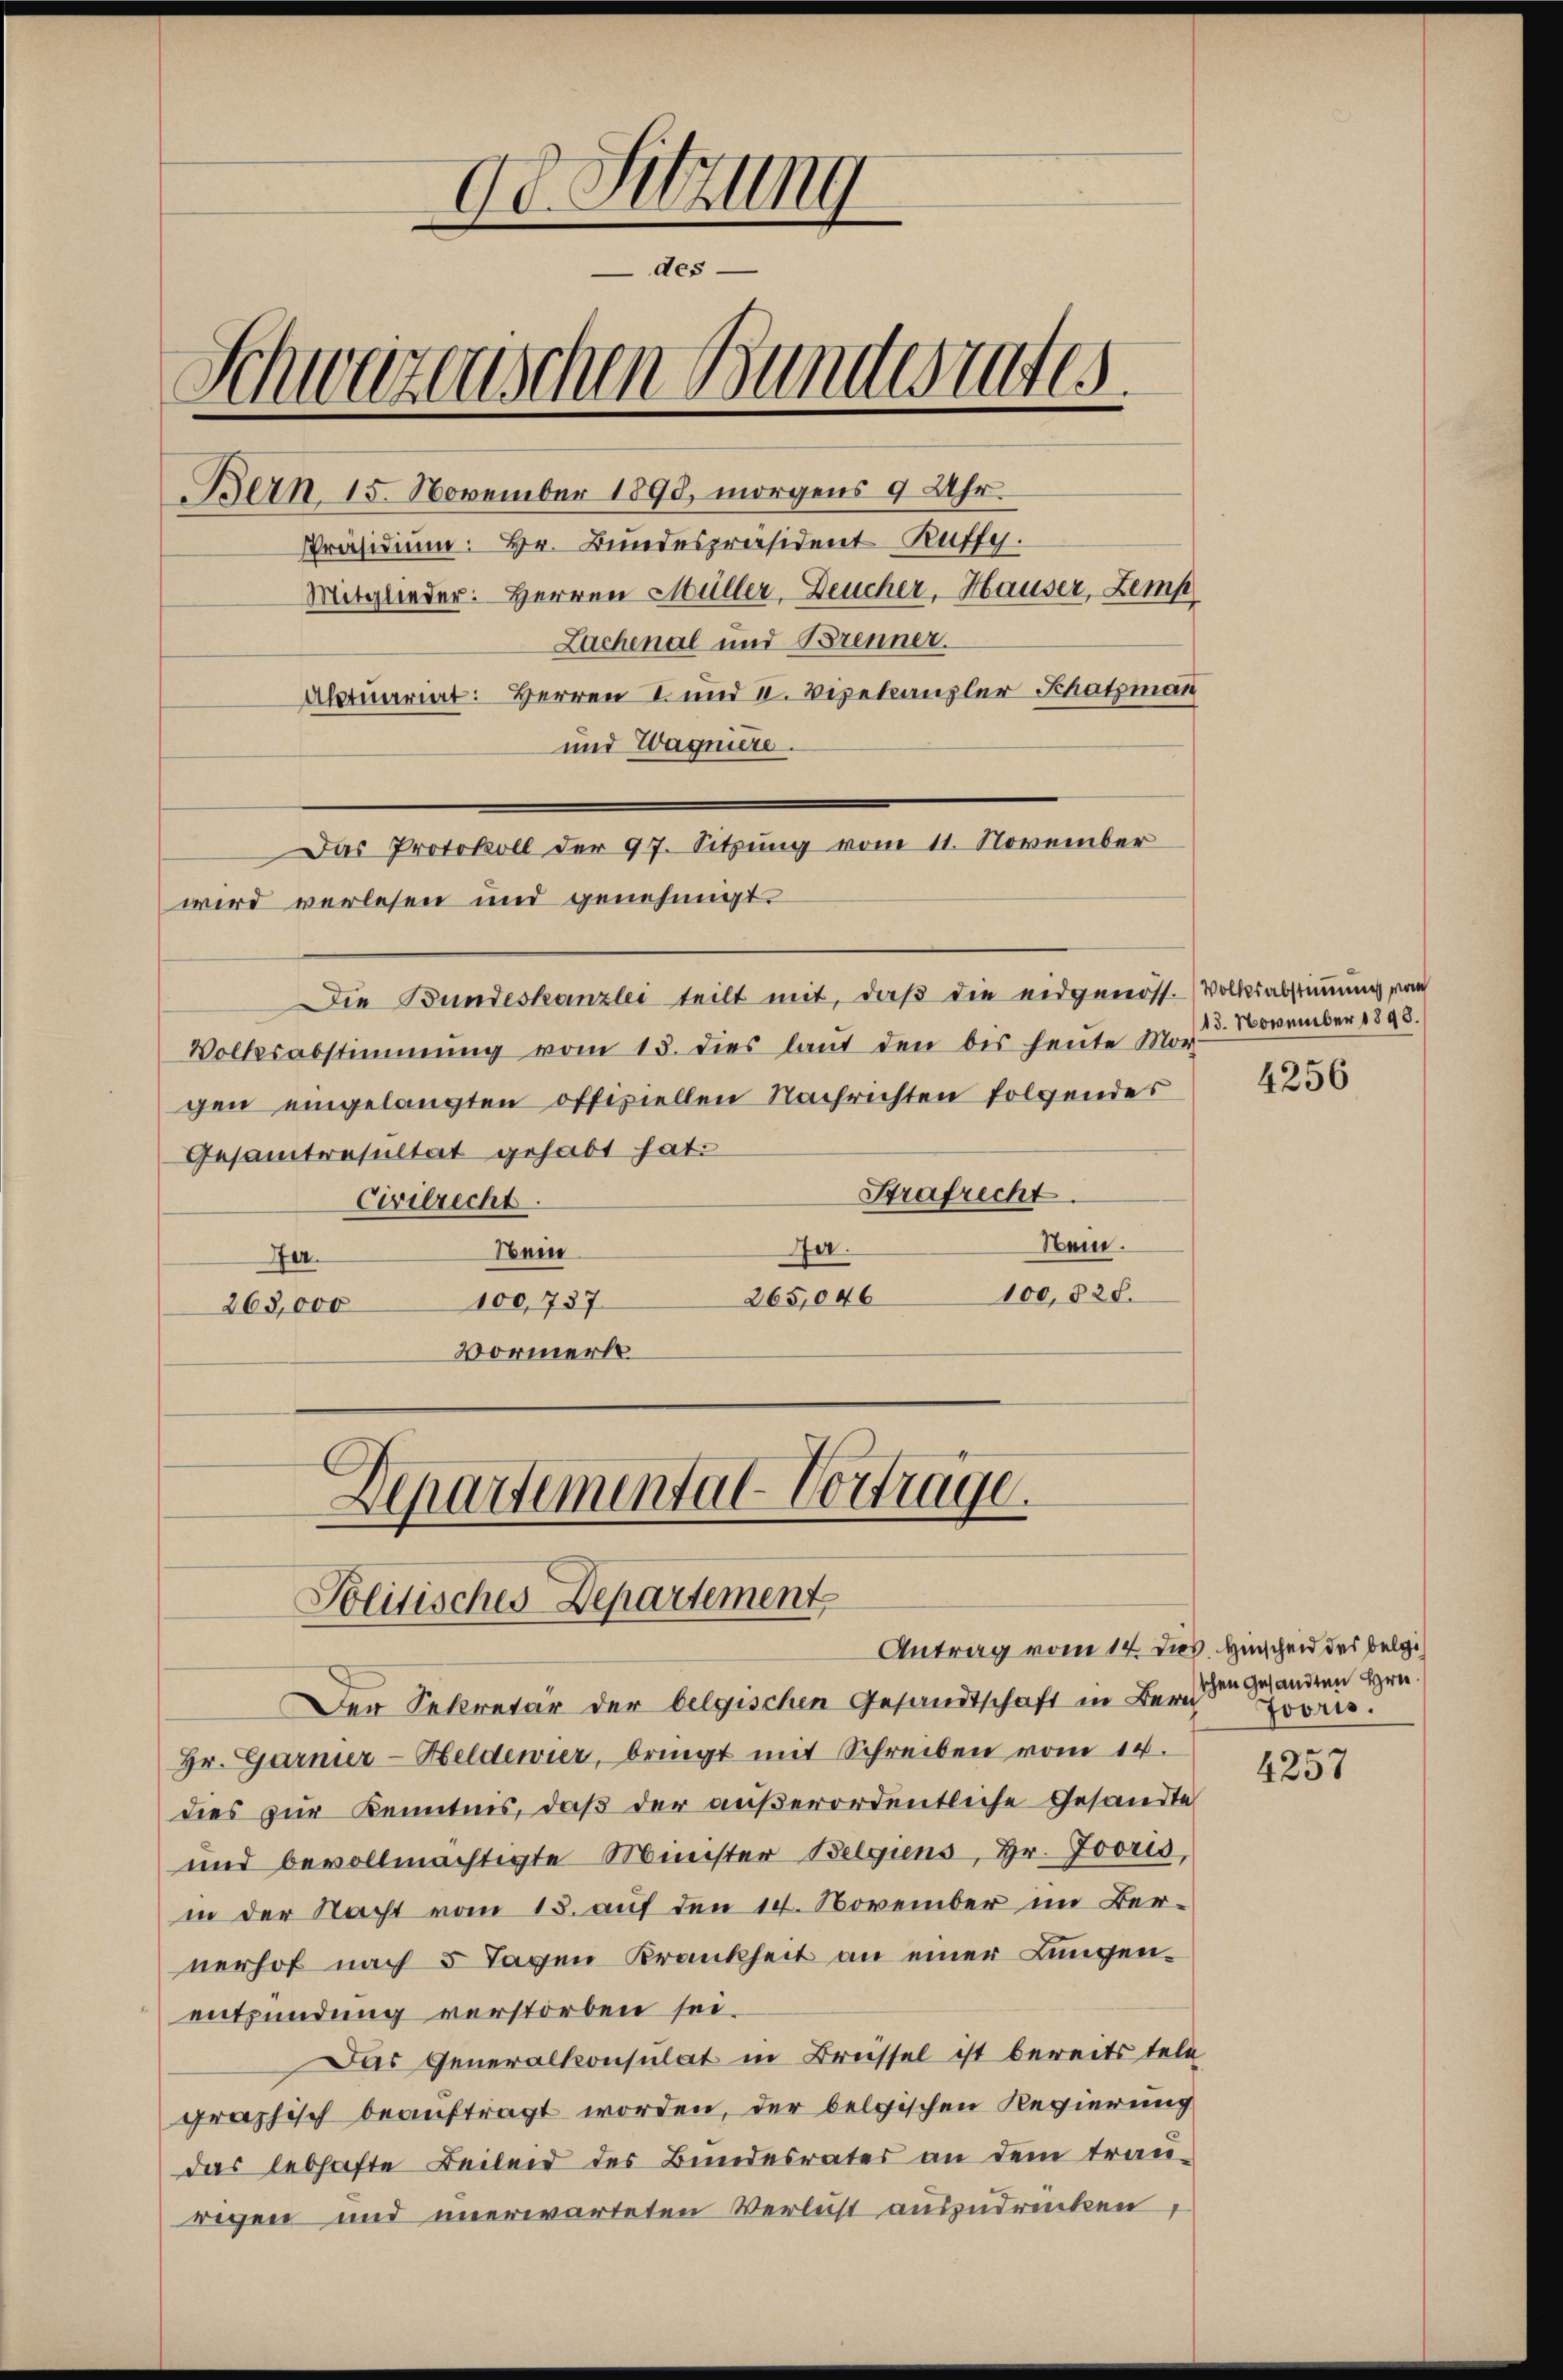
Ad Sitzung
des-
Schwazenischen Bundesrates.
Bern 15. November 1890, morgens 9 Uhr.
Präsidium. Hr. Bundespräsident Ruffy.
Mitglieder: Herren Müller, Deucher, Hauser, Zemp
Zachenal und Brenner.
Abtuariat. Herren 2 und II. Vizekanzler Schatzman

und Wagniere.
wird verlesen und genehmigt.
Die Bundeskanzlei teilt mit, daß die eidgenöss. Volksabstimmung vom
Volksabstimmung vom 13. dies laut den bis heute Mor-
gen eingelangten offiziellen Nachrichten folgendes
Gesamtresultat gehabt hat.
Strafrecht.
Civilrecht
Nam.
Jer.
Nein
Der.
100,828.
265,046
100,737
265,000
Vormerkt

Das Protokoll der 97. Sitzung vom 11. November

Departemental-Vortrage
Politisches Departement

Der Sekretär der belgischen Gesandtschaft in Beren gesandten Hrn.
Hr. Garner-Heldenier, bringt mit Schreiben vom 14.
dies zur Kenntnis, daß der außerordentliche Gesandte
und bevollmächtigte Minister Belgiens, Hr. Jooris,
in der Nacht vom 15. auf den 14. November im Bernerhof nach 5 Tagen Krankheit an einer Lungenentzündung verstorben sei.
Das Generalkonsulat in Breissel ist bereits tele
graphisch beauftragt worden, der belgischen Regierung
das lebhafte Beileid des Bundesrates an dem trau-
rigen und unerwarteten Verlust auszudrücken,

Antrag vom 14. dies. Hinscheid des belgi¬

13. November 1890.

4256

Jooris.

4257